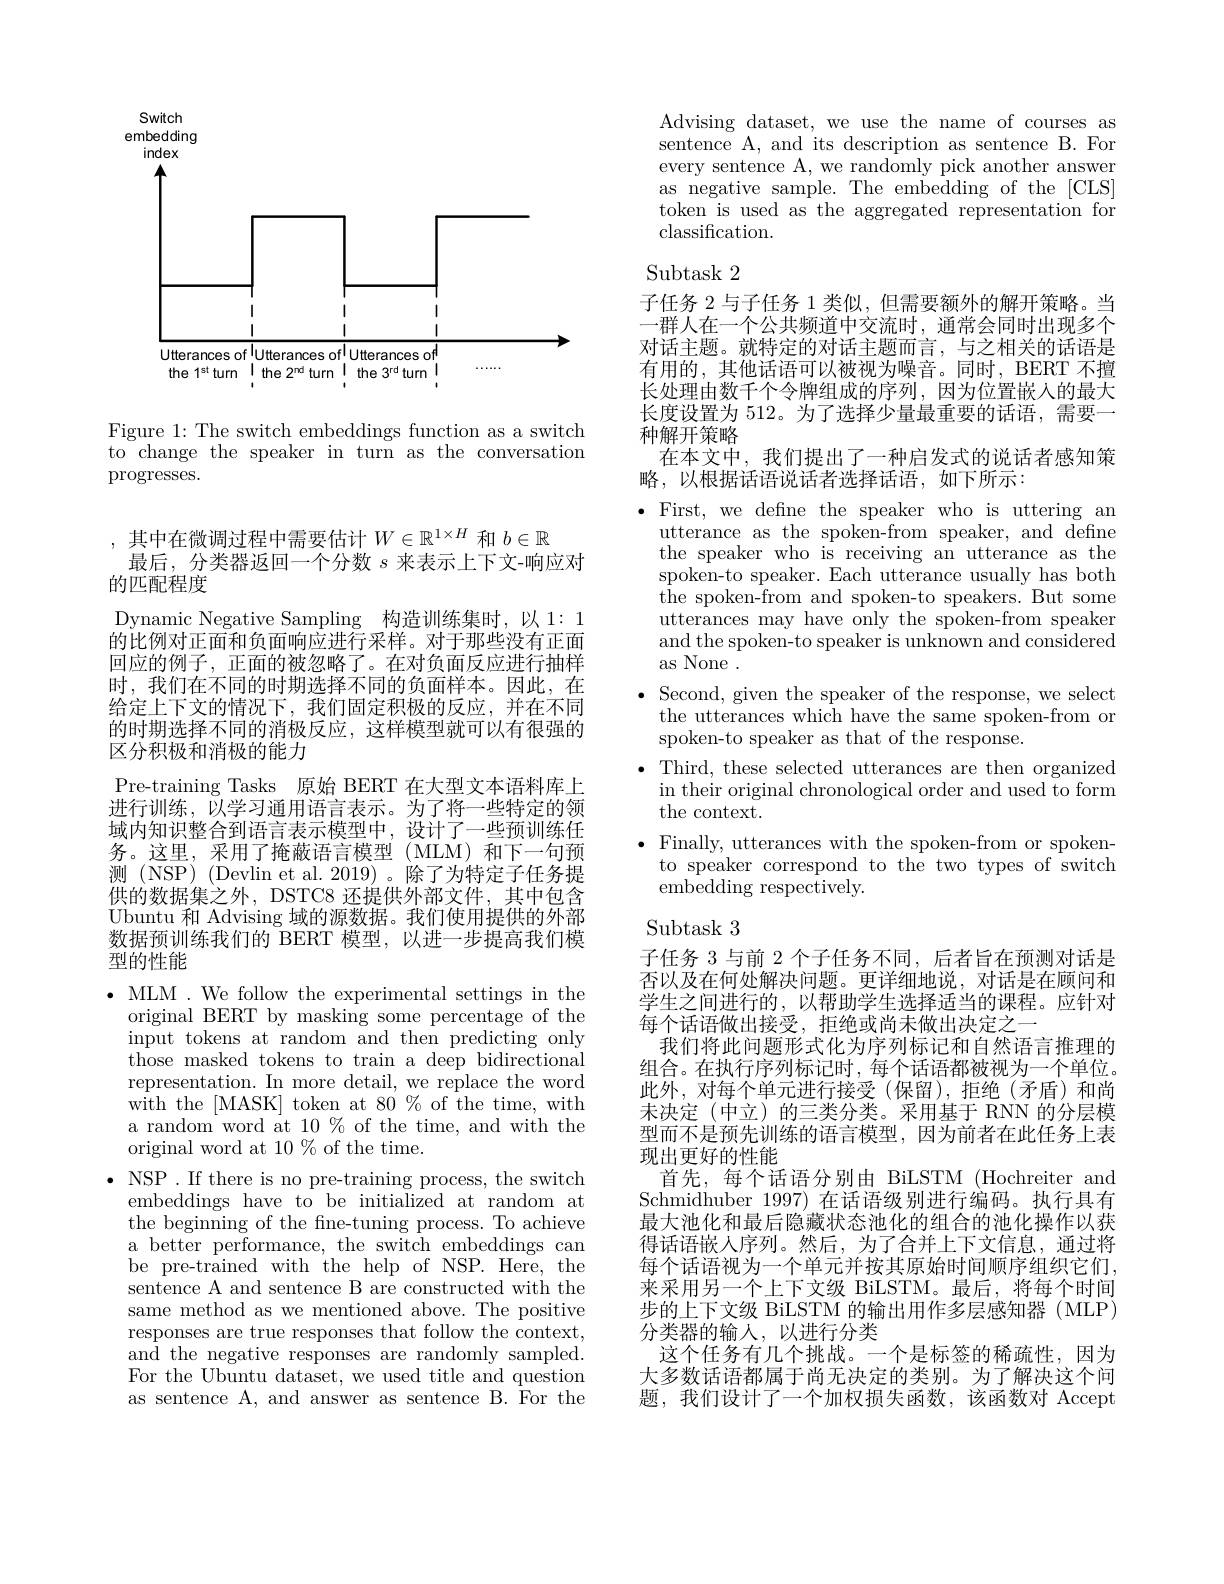
Switch

embedding

index
<FigureHere>

Figure 1: The switch embeddings function as a switch to change the speaker in turn as the conversation $\operatorname{progresses.}$

,其中在微调过程中需要估计$W\in\mathbb{R}^1\times H$和$b\in\mathbb{R}$
最后，分类器返回一个分数$s$来表示上下文-响应对
的匹配程度

Dynamic Negative Sampling 构造训练集时，以 1: 1的比例对正面和负面响应进行采样。对于那些没有正面回应的例子，正面的被忽略了。在对负面反应进行抽样时，我们在不同的时期选择不同的负面样本。因此，在给定上下文的情况下，我们固定积极的反应，并在不同的时期选择不同的消极反应，这样模型就可以有很强的区分积极和消极的能力
Pre-training Tasks 原始 BERT 在大型文本语料库上进行训练，以学习通用语言表示。为了将一些特定的领域内知识整合到语言表示模型中，设计了一些预训练任务。这里，采用了掩蔽语言模型(MLM)和下一句预测(NSP)(Devlin et al. 2019)。除了为特定子任务提供的数据集之外，DSTC8 还提供外部文件，其中包含Ubuntu 和 Advising 域的源数据。我们使用提供的外部数据预训练我们的 BERT 模型，以进一步提高我们模型的性能

$\bullet$ MLM . We follow the experimental settings in the
original BERT by masking some percentage of the input tokens at random and then predicting only those masked tokens to train a deep bidirectional representation. In more detail, we replace the word with the[MASK] token at 80 $\%$ of the time, with a random word at 10 % of the time, and with the original word at 10 % of the time.
$\bullet$ NSP .If there is no pre-training process, the switch
embeddings have to be initialized at random at the beginning of the fine-tuning process. To achieve a better performance, the switch embeddings can be pre-trained with the help of NSP. Here, the sentence A and sentence B are constructed with the same method as we mentioned above. The positive responses are true responses that follow the context, and the negative responses are randomly sampled. For the Ubuntu dataset, we used title and question as sentence A, and answer as sentence B. For the

Advising dataset, we use the name of courses as sentence A, and its description as sentence B. For every sentence A, we randomly pick another answer as negative sample. The embedding of the [CLS] token is used as the aggregated representation for classification.

## $\operatorname{Subtask}2$

子任务 2 与子任务 1 类似，但需要额外的解开策略。当一群人在一个公共频道中交流时，通常会同时出现多个对话主题。就特定的对话主题而言，与之相关的话语是有用的，其他话语可以被视为噪音。同时，BERT 不擅长处理由数千个令牌组成的序列，因为位置嵌入的最大长度设置为 512。为了选择少量最重要的话语，需要一种解开策略
在本文中，我们提出了一种启发式的说话者感知策
略，以根据话语说话者选择话语，如下所示：

$\bullet$First, we define the speaker who is uttering an

utterance as the spoken-from speaker, and define the speaker who is receiving an utterance as the spoken-to speaker. Each utterance usually has both the spoken- from and spoken- to speakers. But some utterances may have only the spoken-from speaker and the spoken-to speaker is unknown and considered as None .
$\bullet$ Second, given the speaker of the response, we select the utterances which have the same spoken-from or spoken-to speaker as that of the response.
$\bullet$ Third, these selected utterances are then organized
in their original chronological order and used to form
the context.
Finally, utterances with the spoken-from or spokento speaker correspond to the two types of switch $\bar{\mathrm{embedding~respectively.}}$

### Subtask 3

子任务 3 与前 2 个子任务不同，后者旨在预测对话是否以及在何处解决问题。更详细地说，对话是在顾问和学生之间进行的，以帮助学生选择适当的课程。应针对每个话语做出接受，拒绝或尚未做出决定之一
我们将此问题形式化为序列标记和自然语言推理的组合。在执行序列标记时，每个话语都被视为一个单位。此外，对每个单元进行接受(保留),拒绝(矛盾)和尚末决定 (中立)的三类分类。采用基于 RNN 的分层模型而不是预先训练的语言模型，因为前者在此任务上表现出更好的性能
首先，每个话语分别由 BiLSTM (Hochreiter and Schmidhuber 1997) 在话语级别进行编码。执行具有最大池化和最后隐藏状态池化的组合的池化操作以获得话语嵌人序列。然后，为了合并上下文信息，通过将每个话语视为一个单元并按其原始时间顺序组织它们来采用另一个上下文级 BiLSTM。最后，将每个时间步的上下文级 BiLSTM 的输出用作多层感知器 (MLP) 分类器的输人，以进行分类
这个任务有几个挑战。一个是标签的稀疏性，因为大多数话语都属于尚无决定的类别。为了解决这个问题，我们设计了一个加权损失函数，该函数对 Accept